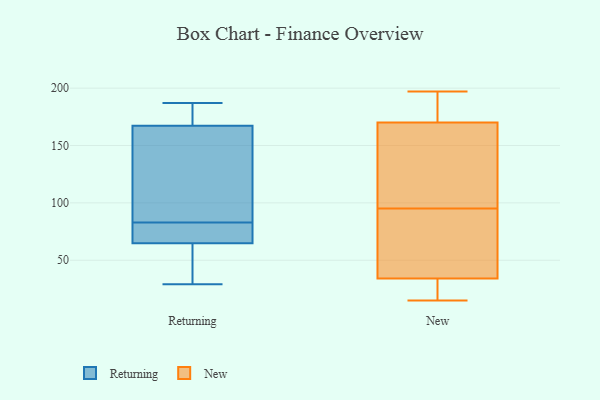
{"axis": {"x": "Conversion Rate (%)", "y": "Value"}, "legend": ["New", "Returning"], "data": [{"x": "", "y": 187, "type": "Returning"}, {"x": "", "y": 73, "type": "Returning"}, {"x": "", "y": 180, "type": "Returning"}, {"x": "", "y": 163, "type": "Returning"}, {"x": "", "y": 83, "type": "Returning"}, {"x": "", "y": 72, "type": "Returning"}, {"x": "", "y": 58, "type": "Returning"}, {"x": "", "y": 35, "type": "Returning"}, {"x": "", "y": 29, "type": "Returning"}, {"x": "", "y": 67, "type": "Returning"}, {"x": "", "y": 127, "type": "Returning"}, {"x": "", "y": 187, "type": "Returning"}, {"x": "", "y": 113, "type": "Returning"}, {"x": "", "y": 197, "type": "New"}, {"x": "", "y": 15, "type": "New"}, {"x": "", "y": 49, "type": "New"}, {"x": "", "y": 162, "type": "New"}, {"x": "", "y": 190, "type": "New"}, {"x": "", "y": 45, "type": "New"}, {"x": "", "y": 68, "type": "New"}, {"x": "", "y": 90, "type": "New"}, {"x": "", "y": 184, "type": "New"}, {"x": "", "y": 17, "type": "New"}, {"x": "", "y": 178, "type": "New"}, {"x": "", "y": 121, "type": "New"}, {"x": "", "y": 100, "type": "New"}, {"x": "", "y": 197, "type": "New"}, {"x": "", "y": 113, "type": "New"}, {"x": "", "y": 29, "type": "New"}, {"x": "", "y": 129, "type": "New"}, {"x": "", "y": 27, "type": "New"}, {"x": "", "y": 25, "type": "New"}, {"x": "", "y": 39, "type": "New"}]}